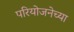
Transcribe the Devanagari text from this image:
परियोजनेच्या